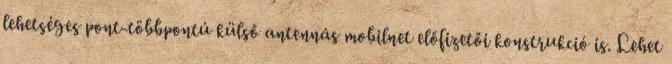
lehetséges pont-többpontú külső antennás mobilnet előfizetői konstrukció is. Lehet